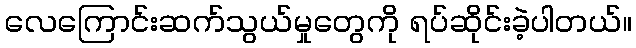
လေကြောင်းဆက်သွယ်မှုတွေကို ရပ်ဆိုင်းခဲ့ပါတယ်။